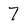
Character: 7